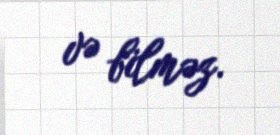
və bilməz.